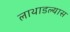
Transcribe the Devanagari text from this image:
लाथाडल्यास